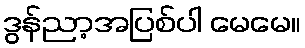
ဒွန်ညာ့အပြစ်ပါ မေမေ။